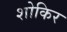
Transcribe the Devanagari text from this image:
शोकिर